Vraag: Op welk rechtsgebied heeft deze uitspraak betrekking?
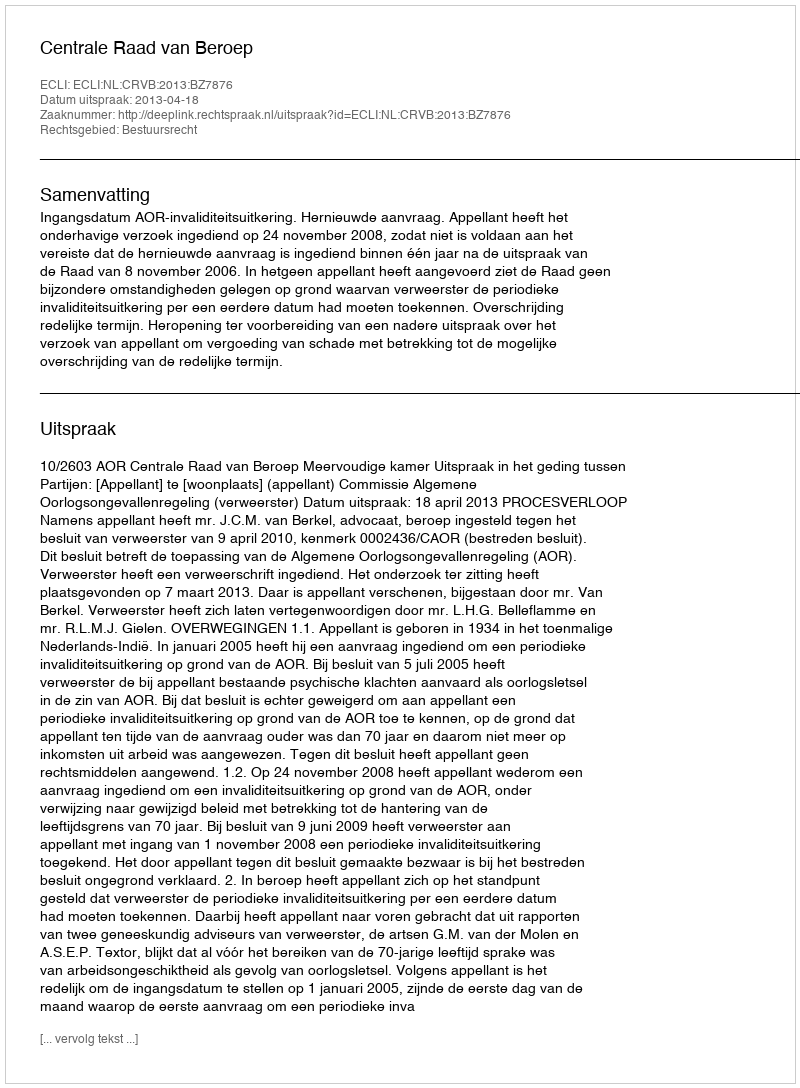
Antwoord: Bestuursrecht